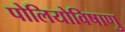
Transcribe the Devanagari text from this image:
पोलियोविषाणु